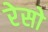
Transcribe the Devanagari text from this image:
रेसो